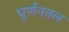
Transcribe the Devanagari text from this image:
घूर्णनतल